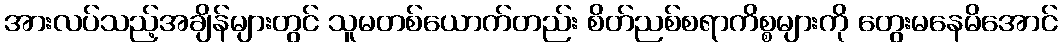
အားလပ်သည့်အချိန်များတွင် သူမတစ်ယောက်တည်း စိတ်ညစ်စရာကိစ္စများကို တွေးမနေမိအောင်